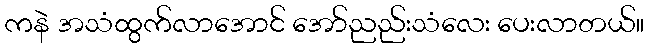
ကနဲ အသံထွက်လာအောင် အော်ညည်းသံလေး ပေးလာတယ်။